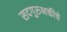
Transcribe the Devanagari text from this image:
सदगुरुभक्तीचे